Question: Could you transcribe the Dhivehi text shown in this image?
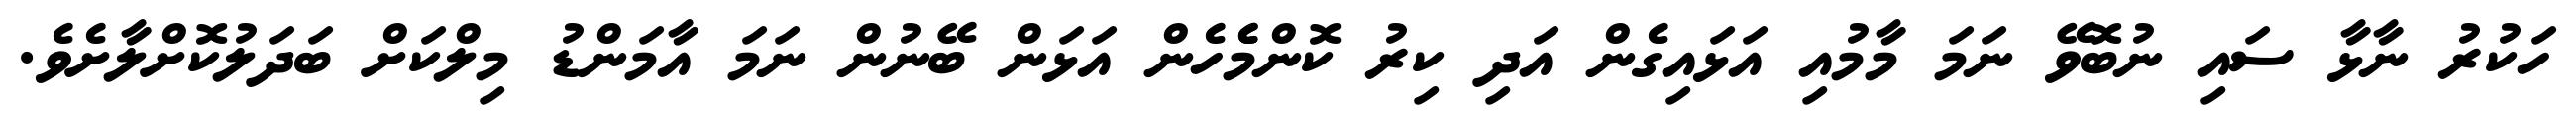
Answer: ހަކުރު ނާޅާ ސައި ނުބޮވޭ ނަމަ މާމުއި އަޅައިގެން އަދި ކިރު ކޮންމެެހެން އަޅަން ބޭނުން ނަމަ އާމަންޑު މިލްކަށް ބަދަލުކޮށްލާށެވެ.